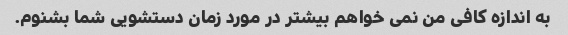
به اندازه کافی من نمی خواهم بیشتر در مورد زمان دستشویی شما بشنوم.